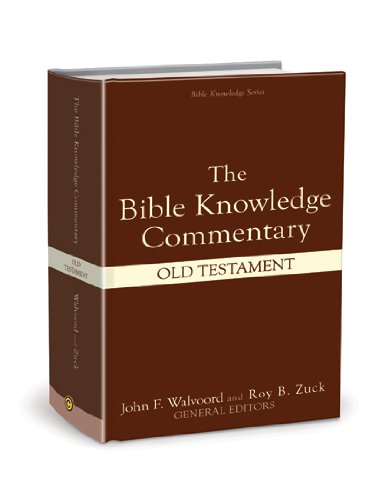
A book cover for The Bible Knowledge Commentary (Old Testament:); Christian Books & Bibles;